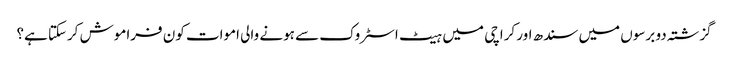
گزشتہ دو برسوں میں سندھ اور کراچی میں ہیٹ اسٹروک سے ہونے والی اموات کون فراموش کرسکتا ہے؟